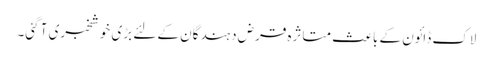
لاک ڈائون کے باعث متاثرہ قرض دہندگان کے لئے بڑی خوشخبری آ گئی۔